Annual vaccination report of Bihar and Orissa - 1911-1928
Year: 1911
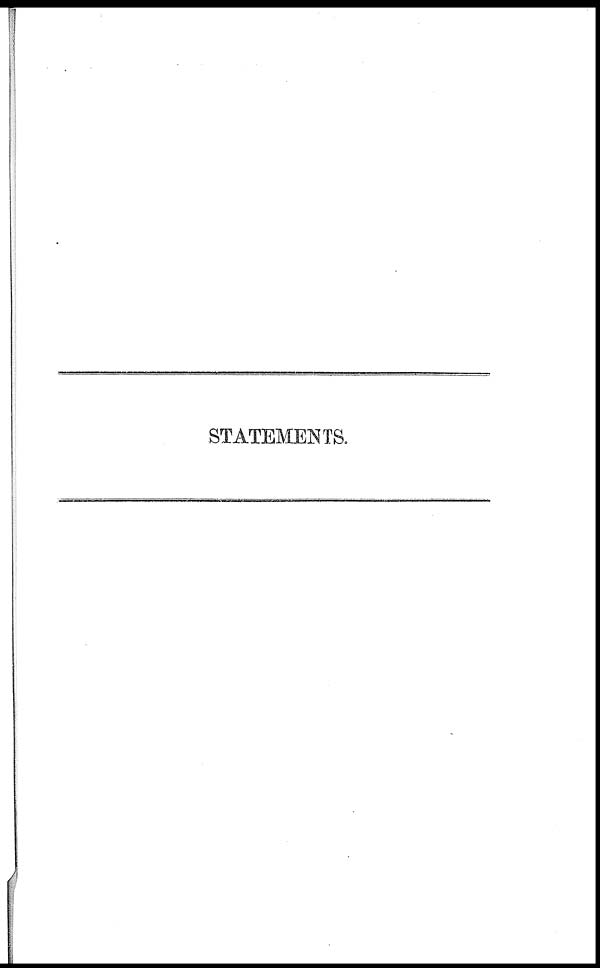
STATEMENTS.